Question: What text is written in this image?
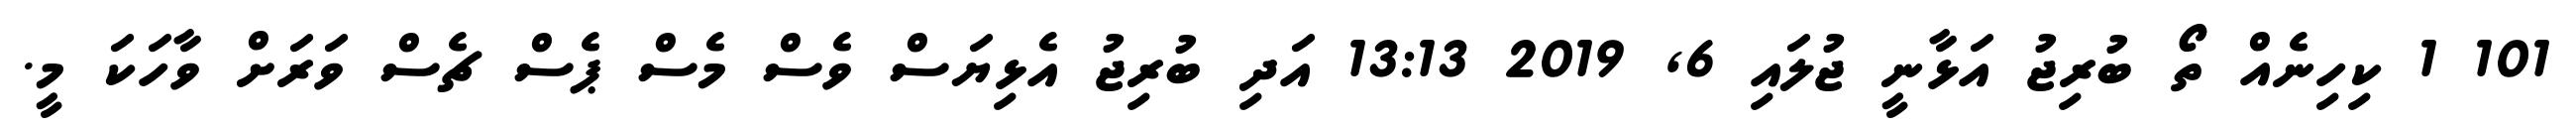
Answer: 101 1 ކިހިނެއް ތޯ ބުރިޖު އަޅާނީ ޖުލައި 6, 2019 13:13 އަދި ބުރިޖު އެޅިޔަސް ވެސް މެސް ޕެސް ޗެސް ވަރަށް ވާހަކަ މީ.